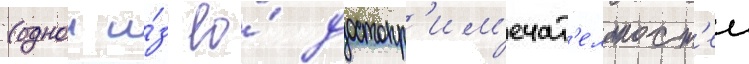
(однои и́з ео́ достопр'им'ечат'ельност'еи